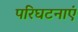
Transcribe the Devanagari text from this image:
परिघटनाएं